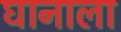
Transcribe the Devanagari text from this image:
घानाला